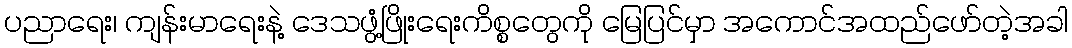
ပညာရေး၊ ကျန်းမာရေးနဲ့ ဒေသဖွံ့ဖြိုးရေးကိစ္စတွေကို မြေပြင်မှာ အကောင်အထည်ဖော်တဲ့အခါ